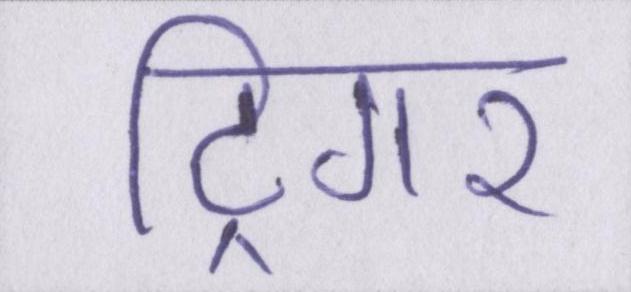
ट्रिगर